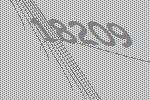
18209